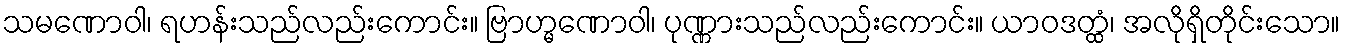
သမဏောဝါ၊ ရဟန်းသည်လည်းကောင်း။ ဗြာဟ္မဏောဝါ၊ ပုဏ္ဏားသည်လည်းကောင်း။ ယာဝဒတ္ထံ၊ အလိုရှိတိုင်းသော။